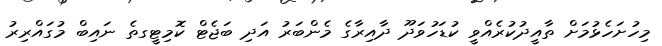
މިހުށަހެޅުމަށް ތާއީދުކުރެއްވީ ކުޑަހުވަދޫ ދާއިރާގެ މެންބަރު އަދި ބަޖެޓް ކޮމިޓީގތެ ނައިބް މުގައްރިރު